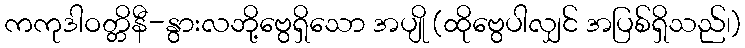
ကကုဒါဝတ္တိနီ-နွားလဘို့ဗွေရှိသော အပျို (ထိုဗွေပါလျှင် အပြစ်ရှိသည်၊)